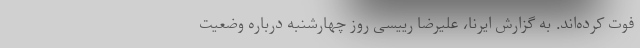
فوت کرده‌اند. به گزارش ایرنا، علیرضا رییسی روز چهارشنبه درباره وضعیت